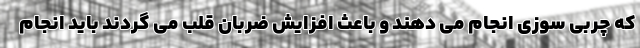
که چربی سوزی انجام می دهند و باعث افزایش ضربان قلب می گردند باید انجام